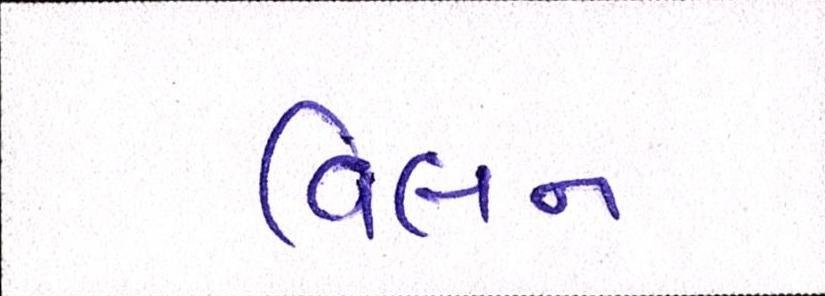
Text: વિલન